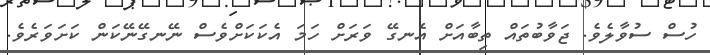
ހުސް ސުވާލެވެ. ޖަވާބުތައް ތިބާއަށް އެނގޭ ވަރަށް ހަމަ އެކަކަށްވެސް ނޭނގޭނޭކަން ކަށަވަރެވެ.